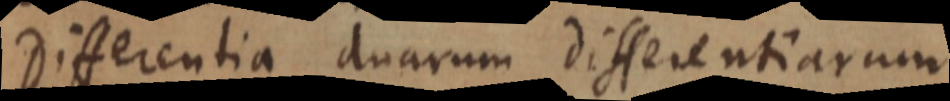
Differentia duarum differentiarum